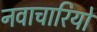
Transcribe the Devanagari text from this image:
नवाचारियों